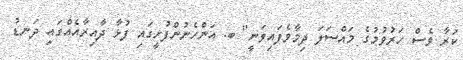
ކަރާ ވެސް ހަރުވުމުގެ މައްސަލަ ދިމާވެފައިވަނީ" ބ. އަންހެނުންފުށީގައި ފުޅާ ދާއިރާއެއްގައި ދަނޑު